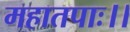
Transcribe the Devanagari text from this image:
महातपाः।।